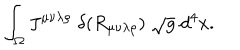
\int _ { \Omega } J ^ { \mu \nu \lambda \rho } \; \delta ( R _ { \mu \nu \lambda \rho } ) \; \sqrt { g } \; d ^ { 4 } x .